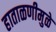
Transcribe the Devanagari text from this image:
हाताळणीमुळे